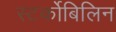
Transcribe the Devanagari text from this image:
स्‍टर्कोबिलिन